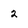
Character: 2